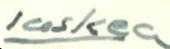
laskea